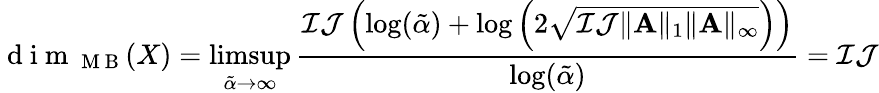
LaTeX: \mathrm{~d~i~m~}_{\mathrm{~M~B~}}(X)=\operatorname*{limsup}_{\tilde{\alpha}\rightarrow\infty}\frac{\mathcal{I}\mathcal{J}\left(\log(\tilde{\alpha})+\log\left(2\sqrt{\mathcal{I}\mathcal{J}\| \mathbf{A}\| _{1}\| \mathbf{A}\| _{\infty}}\right)\right)}{\log(\tilde{\alpha})}=\mathcal{I}\mathcal{J}